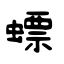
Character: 螵